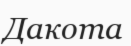
Дакота